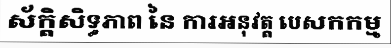
ស័ក្តិសិទ្ធភាព នៃ ការអនុវត្ត បេសកកម្ម